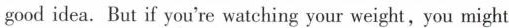
good idea. But if you're watching your weight, you might